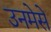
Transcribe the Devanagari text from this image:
उनमेसे